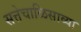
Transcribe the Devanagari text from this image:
सत्तेचाळिसाव्या